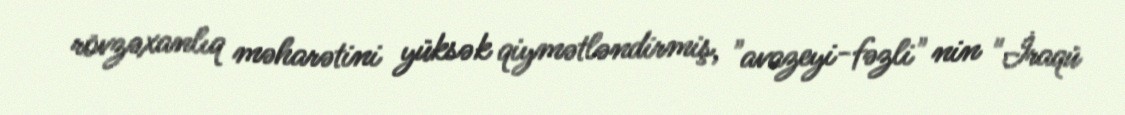
rövzəxanlıq məharətini yüksək qiymətləndirmiş, "avazeyi-fəzli" nin "İraqü